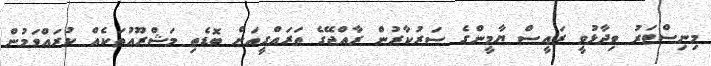
މިނިސްޓަރު ވިދާޅުވީ ރައީސް ޔާމީންގެ ސަރުކާރުން ރާއްޖޭގެ ތަރައްގީއަށް ބޮޑެތި މަޝްރޫއުތަކެއް ކުރައްވަމުން